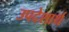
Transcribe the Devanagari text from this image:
उपदेशार्थ